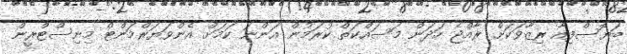
ބަޔޮސްފިއާ ރިޒާވަކަށް ރާއްޖެ ހަދަން މަސައްކަތް ކުރަމުން އަންނަ ކަމަށް އެންވަޔަރްމަންޓް މިނިސްޓްރީން